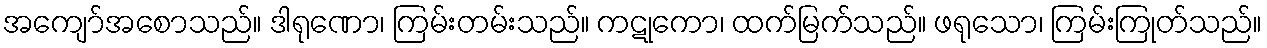
အကျော်အစောသည်။ ဒါရုဏော၊ ကြမ်းတမ်းသည်။ ကဋုကော၊ ထက်မြက်သည်။ ဖရုသော၊ ကြမ်းကြုတ်သည်။